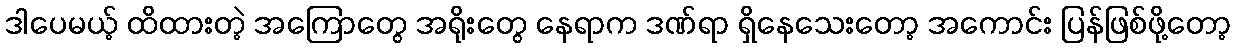
ဒါပေမယ့် ထိထားတဲ့ အကြောတွေ အရိုးတွေ နေရာက ဒဏ်ရာ ရှိနေသေးတော့ အကောင်း ပြန်ဖြစ်ဖို့တော့